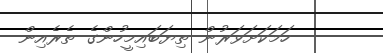
ހަމަކަށަވަރުން ތިޔަބައިމީހުންގެ ތެރެއިން